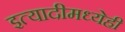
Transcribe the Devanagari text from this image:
इत्यादीमध्येही